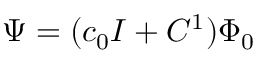
\Psi = ( c _ { 0 } I + C ^ { 1 } ) \Phi _ { 0 }